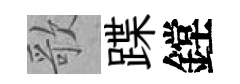
歌蹀鏜